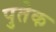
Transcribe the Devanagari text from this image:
पुतेक